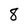
Character: 8